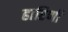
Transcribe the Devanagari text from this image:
हारिणी